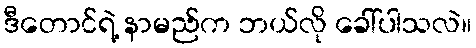
ဒီတောင်ရဲ့ နာမည်က ဘယ်လို ခေါ်ပါသလဲ။